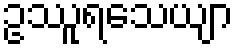
ဥဿူရသေယျာ